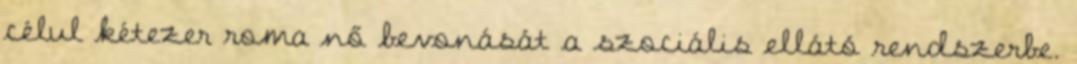
célul kétezer roma nő bevonását a szociális ellátó rendszerbe.